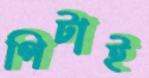
পিটাই